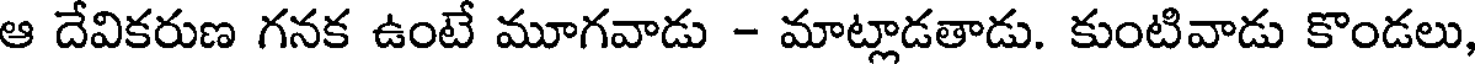
ఆ దేవికరుణ గనక ఉంటే మూగవాడు - మాట్లాడతాడు. కుంటివాడు కొండలు,